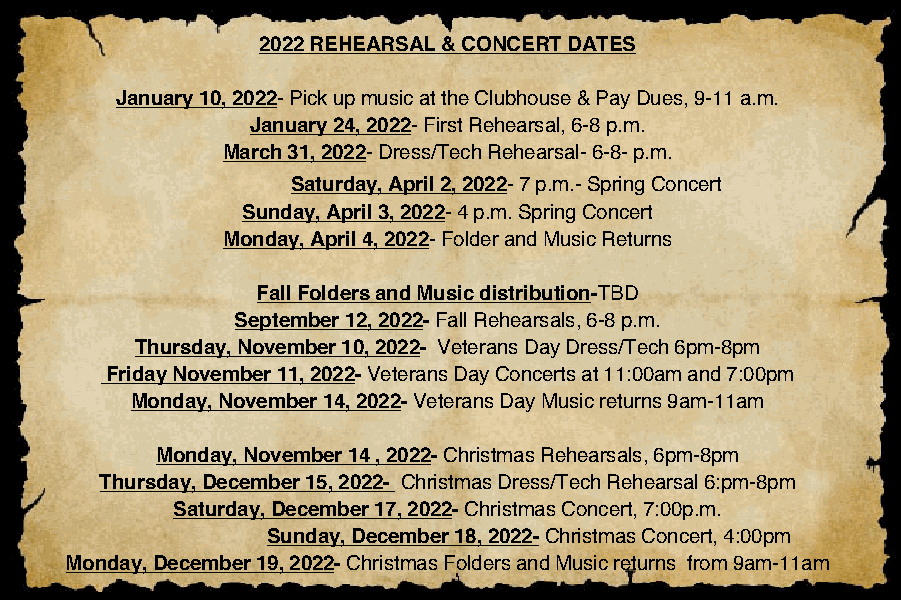
July 29, 2019- Summer Meet and Greet- 5:00 p.m.
 Auditions for Fall Concert- 7:00 p.m.
 August 12, 2019- 9-11 a.m.
 Registration for 2019-2020 Choir Season
 August 26, 2019- 5:30 p.m.-
 First Rehearsal
 September 2, 2019- No Rehearsal
 September 9, 2019- Rehearsals resume
 2022 REHEARSAL & CONCERT DATES
 September 13, 2021 - Start Rehearsal for Fall/Christmas Concerts,
 January 10, 2022- Pick up music at the Clubhouse & Pay Dues, 9-11 a.m.
 Mondays, 6 p.m.- 8 p.m.
 January 24, 2022- First Rehearsal, 6-8 p.m.
 November 9, 2021, 6:00 p.m.- Tech Rehearsal
 November 11, 2021, 11:00 a.m. & 7:00 p.m.- Veteran's Day Concerts March 31, 2022- Dress/Tech Rehearsal- 6-8- p.m.
 2019 VETERANS DAY CONCERTS Saturday, April 2, 2022- 7 p.m.- Spring Concert
 November 11- 11 a.m.
 Sunday, April 3, 2022- 4 p.m. Spring Concert
 November 11- 7 p.m.
 Monday, April 4, 2022- Folder and Music Returns
 2019 CHRISTMAS AT THE RANCH-
 December 19- Dress Rehearsal Fall Folders and Music distribution-TBD
 December 21- 7 p.m. September 12, 2022- Fall Rehearsals, 6-8 p.m.
 December 22- 4 p.m. Thursday, November 10, 2022- Veterans Day Dress/Tech 6pm-8pm
 Friday November 11, 2022- Veterans Day Concerts at 11:00am and 7:00pm
 Monday, November 14, 2022- Veterans Day Music returns 9am-11am
 Monday, November 14 , 2022- Christmas Rehearsals, 6pm-8pm
 Thursday, December 15, 2022- Christmas Dress/Tech Rehearsal 6:pm-8pm
 Saturday, December 17, 2022- Christmas Concert, 7:00p.m.
 Sunday, December 18, 2022- Christmas Concert, 4:00pm
 Monday, December 19, 2022- Christmas Folders and Music returns from 9am-11am